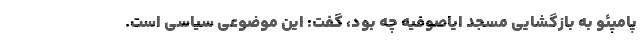
پامپئو به بازگشایی مسجد ایاصوفیه چه بود، گفت: این موضوعی سیاسی است.